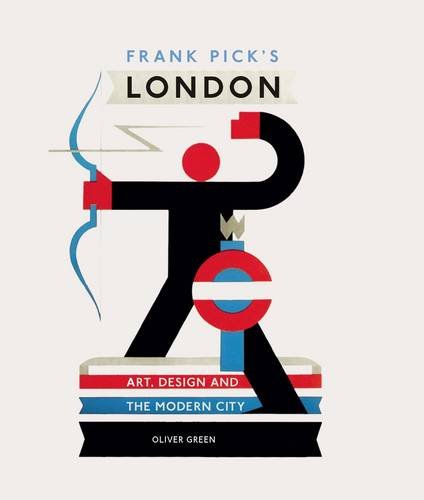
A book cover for Frank Pick's London; Oliver Green; Engineering & Transportation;